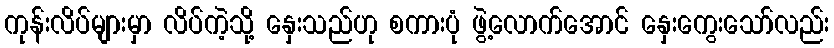
ကုန်းလိပ်များမှာ လိပ်ကဲ့သို့ နှေးသည်ဟု စကားပုံ ဖွဲ့လောက်အောင် နှေးကွေးသော်လည်း